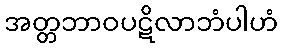
အတ္တဘာဝပဋိလာဘံပါဟံ